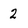
Character: 2